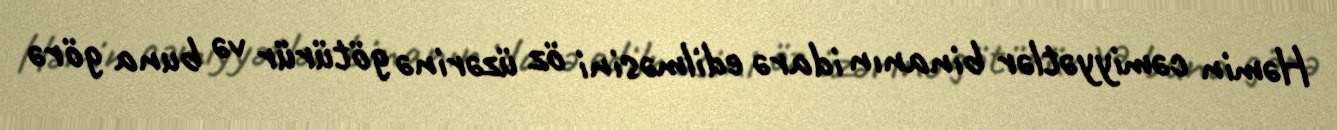
Həmin cəmiyyətlər binanın idarə edilməsini öz üzərinə götürür və buna görə